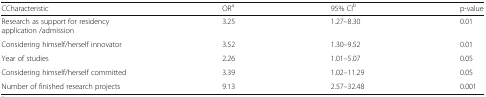
| CCharacteristic | ORa | 95% CIb | p-value |
 | --- | --- | --- | --- |
 | Research as support for residency application /admission | 3.25 | 1.27–8.30 | 0.01 |
 | Considering himself/herself innovator | 3.52 | 1.30–9.52 | 0.01 |
 | Year of studies | 2.26 | 1.01–5.07 | 0.05 |
 | Considering himself/herself committed | 3.39 | 1.02–11.29 | 0.05 |
 | Number of finished research projects | 9.13 | 2.57–32.48 | 0.001 |